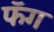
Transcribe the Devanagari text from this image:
फॅग